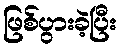
ဖြစ်ပွားခဲ့ပြီး